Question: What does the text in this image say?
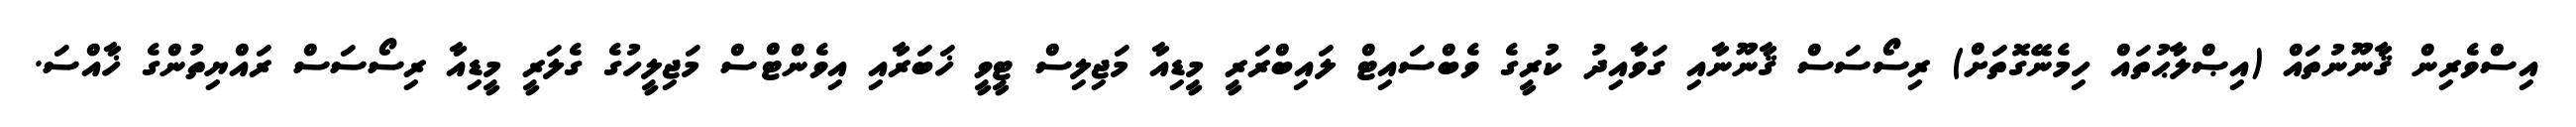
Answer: އިސްވެރިން ޤާނޫނުތައް (އިޞްލާޙުތައް ހިމެނޭގޮތަށް) ރިސޯސަސް ޤާނޫނާއި ގަވާއިދު ކުރީގެ ވެބްސައިޓް ލައިބްރަރީ މީޑިއާ މަޖިލިސް ޓީވީ ޚަބަރާއި އިވެންޓްސް މަޖިލީހުގެ ގެލަރީ މީޑިއާ ރިސޯސަސް ރައްޔިތުންގެ ޚާއްސަ.